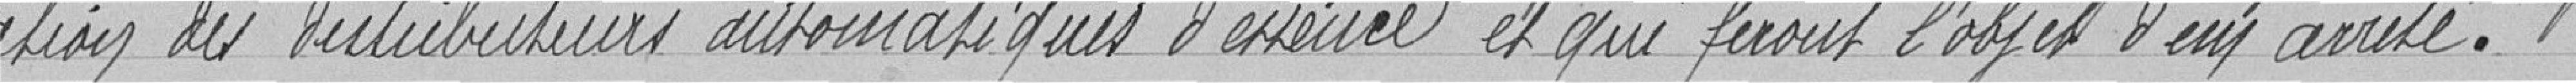
l'installation des distributeurs automatiques d'essence et qui feront l'objet d'un arrêté.